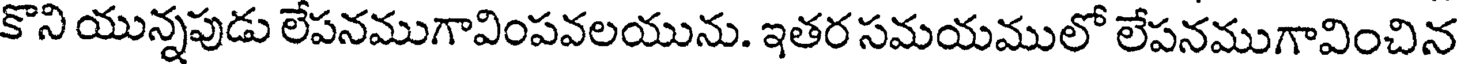
కొని యున్నపుడు లేపనముగావింపవలయును. ఇతర సమయములో లేపనముగావించిన